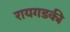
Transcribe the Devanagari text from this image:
रायगडकी